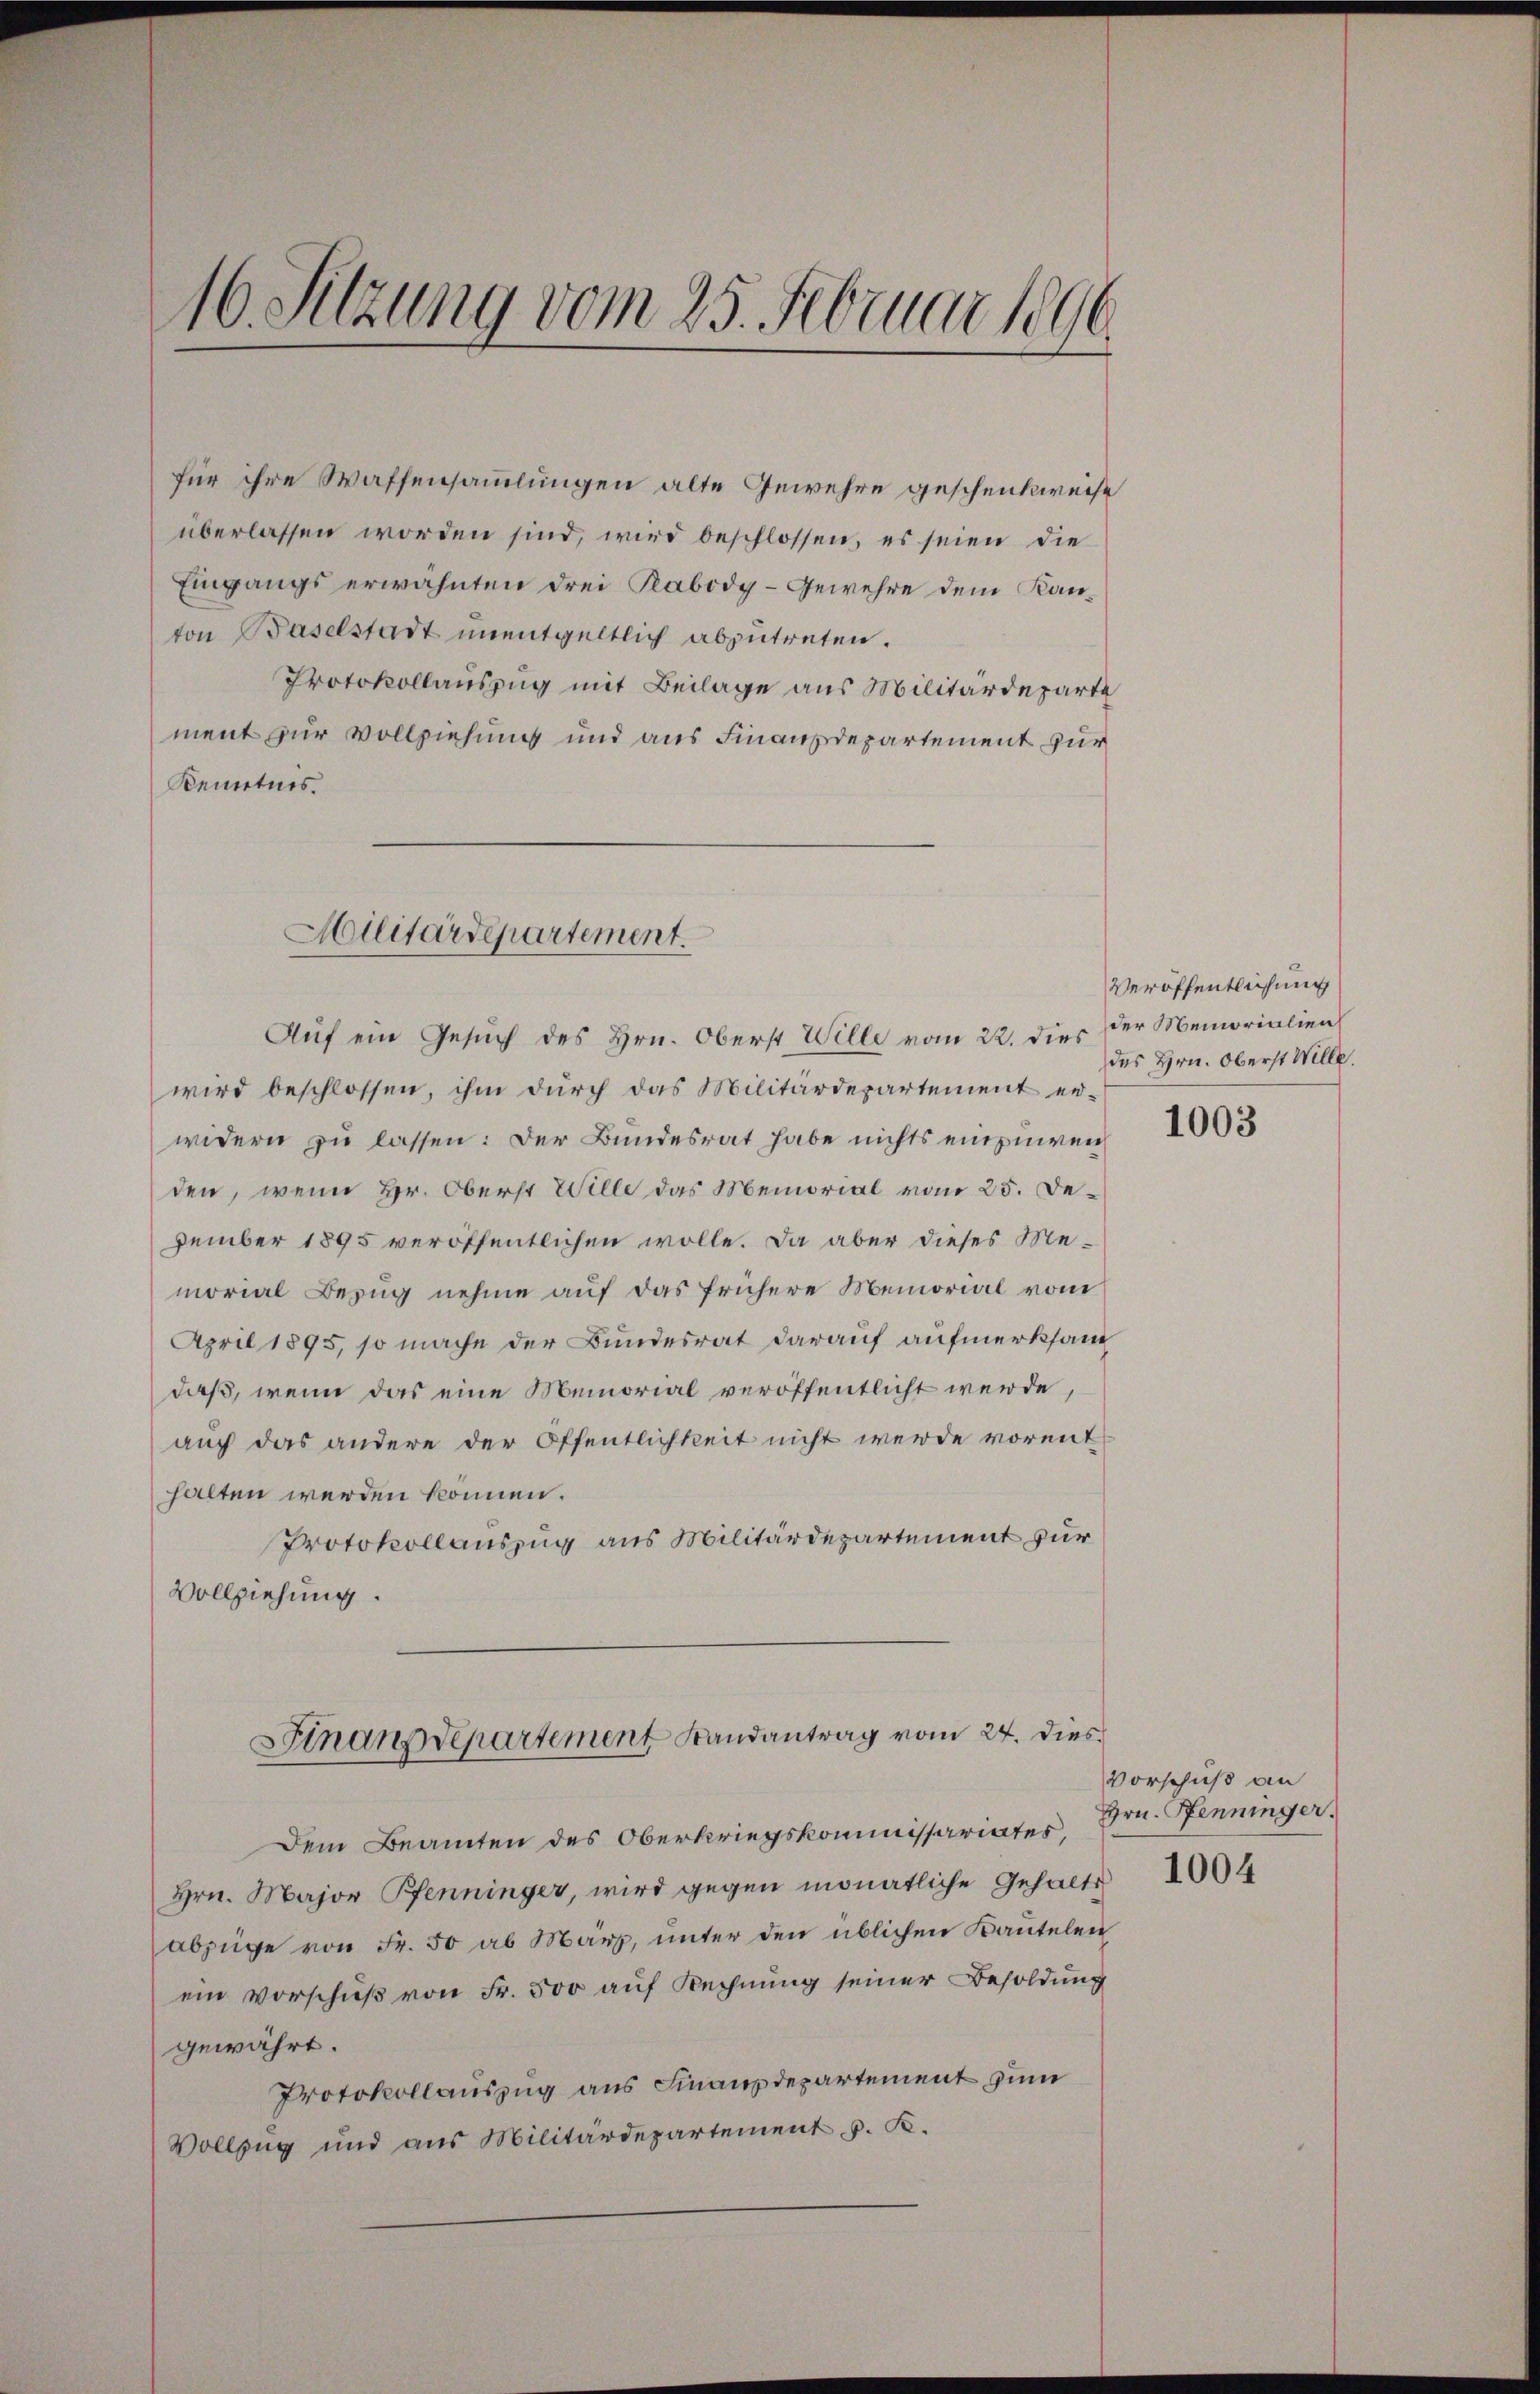
16. Sitzung vom 25. Februar 1890.

für ihre Waffensammlungen alte Gewehre geschenkweise
überlassen worden sind, wird beschlossen, es seien die
Eingangs erwähnten drei Rabody-Gewehre dem Kanton Baselstadt unentgeltlich abzutreten.
Protokollauszug mit Beilage aus Militärdeparte
ment zur Vollziehung und aus Finanzdepartement zur
Kenntnis.
wird beschlossen, ihm dŭrch das Militärdepartement er-
widern zu lassen: Der Bundesrat habe nichts einzuweiden, wenn Hr. Oberst Wille das Memorial vom 25. Dezember 1895 veröffentlichen wolle. Da aber dieses Memorial Bezug nehme auf das frühere Memorial vom
April 1895, so mache der Bundesrat darauf aufmerksam
daß, wenn das eine Memorial veröffentlicht werde,
auch das andere der Öffentlichkeit nicht werde vorent
halten werden können.
Protokollauszug aus Militärdepartement zur
Vollziehung.
Sinanzdepartement Randantrag vom 24. Dies
Dem Beamten des Oberkriegskommissariates,
Hrn. Major Pfenninger, wird gegen monatliche Gehalts
abzüge von Fr. 50 ab März, unter den üblichen Kautelen
ein Vorschuß von Fr. 500 auf Rechnung seiner Besoldung
gewährt.
Protokollauszug aus Finanzdepartement zum
Vollzug und aus Militärdepartement v. K.

Militärdepartement.

Auf ein Gesŭch des Hrn. Oberst Wille vom 22. dies der Memorialien

Veröffentlichung
des Hrn. Oberst Wille.

1003

Vorschuß an
Hrn. Pfenninger.

1004